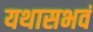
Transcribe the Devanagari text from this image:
यथासभवं